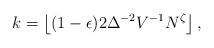
LaTeX: \begin{align*} k = \left \lfloor{(1-\epsilon)2\Delta^{-2}V^{-1}N^{\zeta}}\right \rfloor, \end{align*}